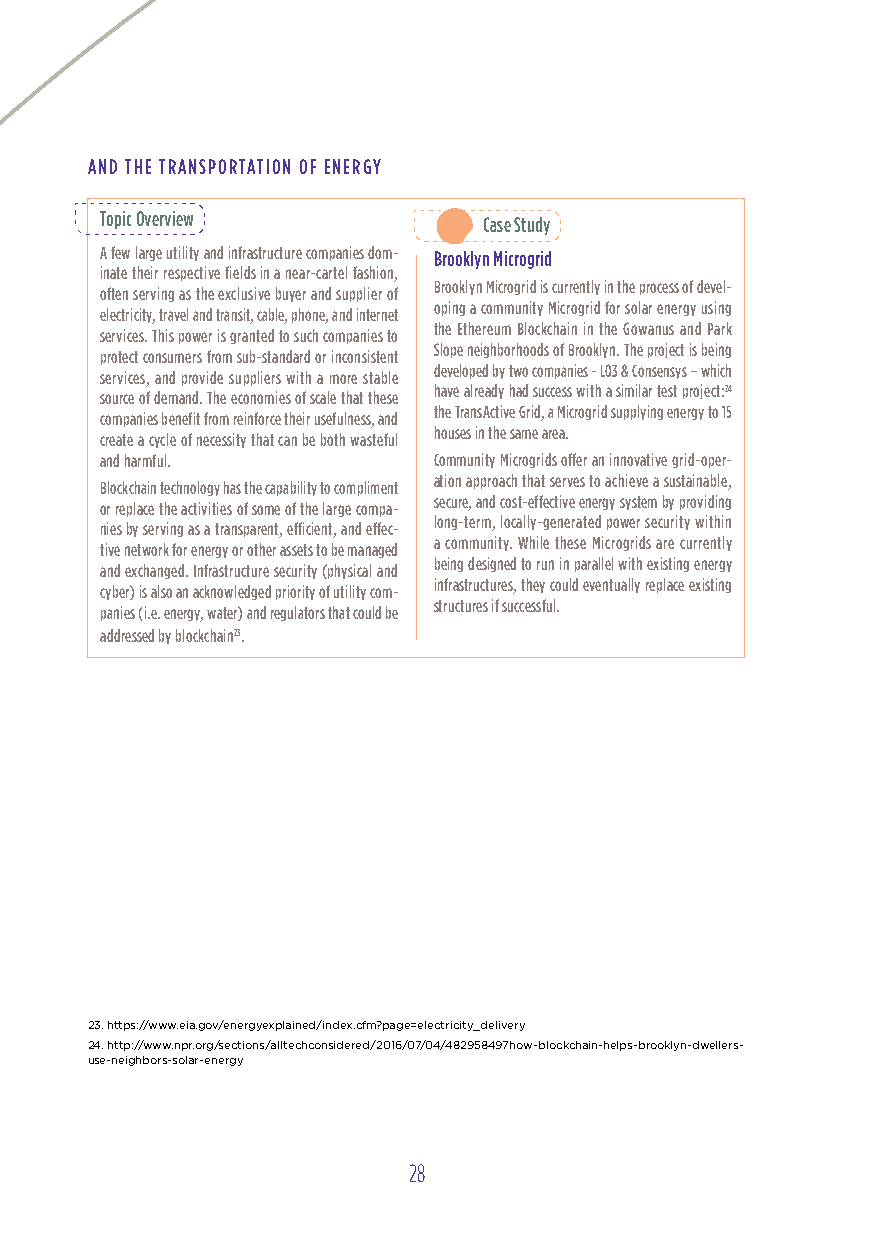
AND THE TRANSPoRTATIoN oF ENERG y
 Topic overview
 Case Study
 A few large utility and infrastructure companies dom- Brooklyn Microgrid
 inate their respective fields in a near-cartel fashion,
 Brooklyn Microgrid is currently in the process of devel-
 often serving as the exclusive buyer and supplier of
 oping a community Microgrid for solar energy using
 electricity, travel and transit, cable, phone, and internet
 the Ethereum Blockchain in the Gowanus and Park
 services. This power is granted to such companies to
 Slope neighborhoods of Brooklyn. The project is being
 protect consumers from sub-standard or inconsistent
 developed by two companies - L03 & Consensys – which
 services, and provide suppliers with a more stable
 have already had success with a similar test project:24
 source of demand. The economies of scale that these
 the TransActive Grid, a Microgrid supplying energy to 15
 companies benefit from reinforce their usefulness, and
 houses in the same area.
 create a cycle of necessity that can be both wasteful
 and harmful.          Community Microgrids offer an innovative grid-oper-
 ation approach that serves to achieve a sustainable,
 Blockchain technology has the capability to compliment
 secure, and cost-effective energy system by providing
 or replace the activities of some of the large compa-
 long-term, locally-generated power security within
 nies by serving as a transparent, efficient, and effec-
 a community. While these Microgrids are currently
 tive network for energy or other assets to be managed
 being designed to run in parallel with existing energy
 and exchanged. Infrastructure security (physical and
 infrastructures, they could eventually replace existing
 cyber) is also an acknowledged priority of utility com-
 structures if successful.
 panies (i.e. energy, water) and regulators that could be
 addressed by blockchain23.
 23. https://www.eia.gov/energyexplained/index.cfm?page=electricity_delivery
 24. http://www.npr.org/sections/alltechconsidered/2016/07/04/482958497how-blockchain-helps-brooklyn-dwellers-
 use-neighbors-solar-energy
 28